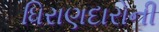
ધિરાણદારોની